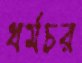
ধর্মচর